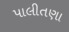
પાલીતણા